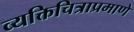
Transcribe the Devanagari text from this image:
व्यक्तिचित्राप्रमाणे